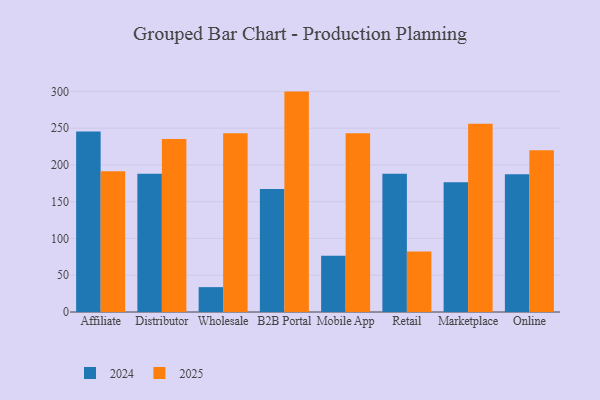
{"axis": {"x": "Channel", "y": "Tickets Resolved"}, "legend": ["2024", "2025"], "data": [{"x": "Affiliate", "y": 191.4, "type": "2025"}, {"x": "Affiliate", "y": 245.6, "type": "2024"}, {"x": "Distributor", "y": 235.3, "type": "2025"}, {"x": "Distributor", "y": 187.9, "type": "2024"}, {"x": "Wholesale", "y": 242.9, "type": "2025"}, {"x": "Wholesale", "y": 33.8, "type": "2024"}, {"x": "B2B Portal", "y": 299.7, "type": "2025"}, {"x": "B2B Portal", "y": 167.3, "type": "2024"}, {"x": "Mobile App", "y": 243.0, "type": "2025"}, {"x": "Mobile App", "y": 76.6, "type": "2024"}, {"x": "Retail", "y": 82.1, "type": "2025"}, {"x": "Retail", "y": 188.0, "type": "2024"}, {"x": "Marketplace", "y": 256.0, "type": "2025"}, {"x": "Marketplace", "y": 176.5, "type": "2024"}, {"x": "Online", "y": 220.0, "type": "2025"}, {"x": "Online", "y": 187.3, "type": "2024"}]}